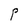
Character: P